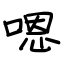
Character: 嗯